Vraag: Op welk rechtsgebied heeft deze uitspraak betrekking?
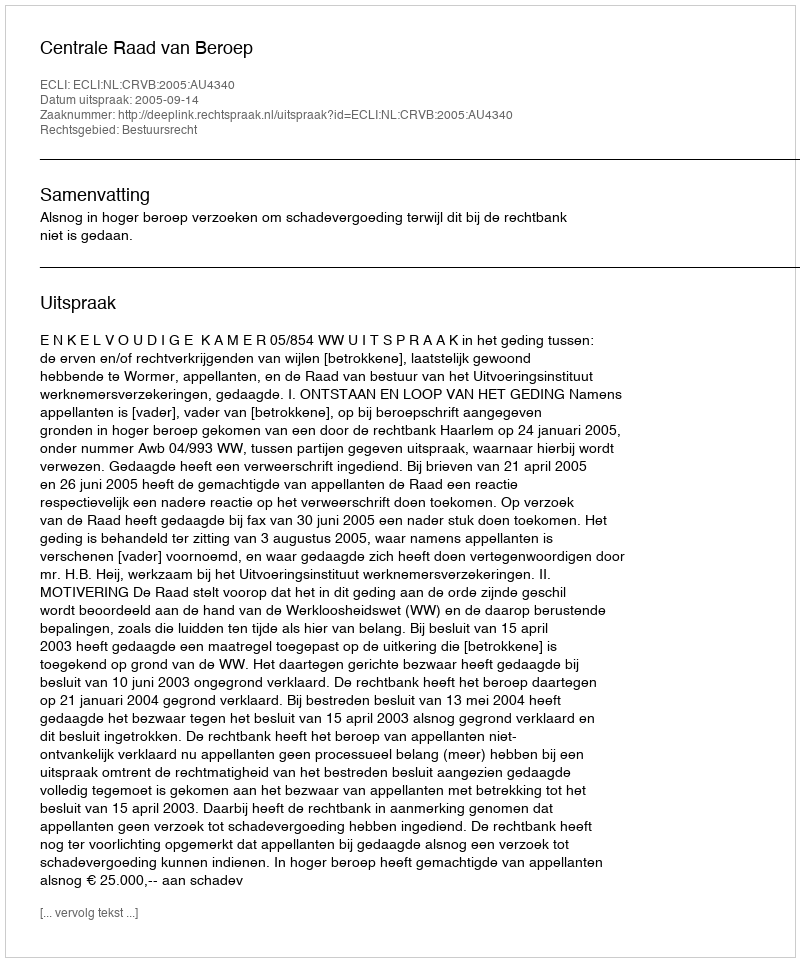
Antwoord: Bestuursrecht